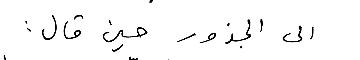
الى الجذور حين قال :